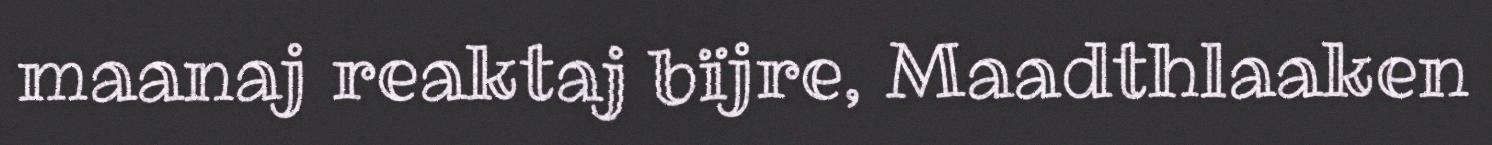
maanaj reaktaj bïjre, Maadthlaaken